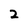
Character: 2